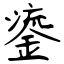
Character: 鎏